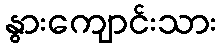
နွားကျောင်းသား